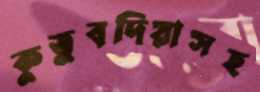
কুতুবদিয়াসহ